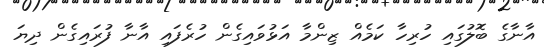
އާނާގެ ބޮލުގައި ހުރިހާ ކަމެއް ޒިންމާ އަޅުވައިގެން ހުރެފައި އާނާ ފުރައިގެން ދިޔަ